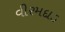
વીરમદાડ